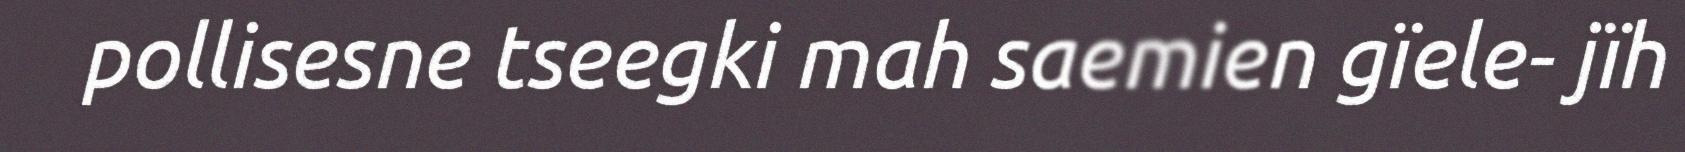
pollisesne tseegki mah saemien gïele- jïh